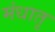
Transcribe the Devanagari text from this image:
मंधातृ